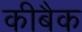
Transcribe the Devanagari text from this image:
कीबैक